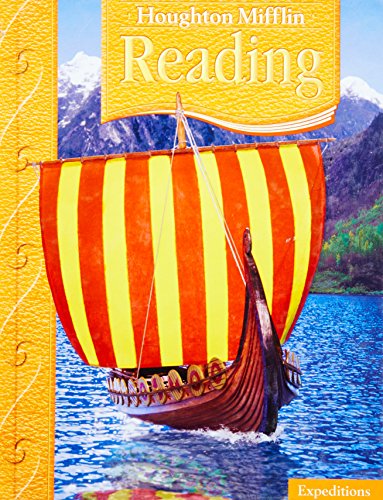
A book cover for Houghton Mifflin Reading: Student Edition Grade 5 Expeditions 2005; HOUGHTON MIFFLIN; Children's Books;